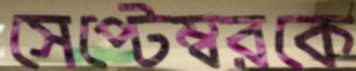
সেপ্টেম্বরকে